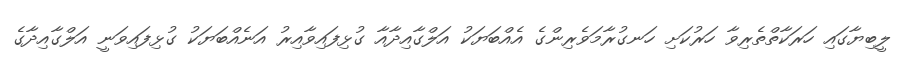
ލީބިޔާގައި ހަރަކާތްތެރިވާ ހަރުކަށި ހަނގުރާމަވެރިންގެ އެއްބަޔަކު އަލްގާއިދާއާ ގުޅިފައިވާއިރު އަނެއްބަޔަކު ގުޅިފައިވަނީ އަލްގާއިދާގެ